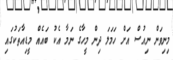
މިނިވަން ނިއުސް އަށް ހަމަލަ ދިން މީހާގެ ނަމާ އެކު ބައެއް މީޑިއާތަކުގައި